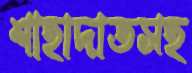
শাহাদাতসহ